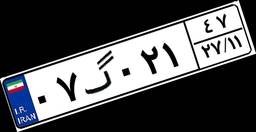
۱۶گ۱۸۱۸۸